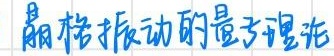
晶格振动的量子理论